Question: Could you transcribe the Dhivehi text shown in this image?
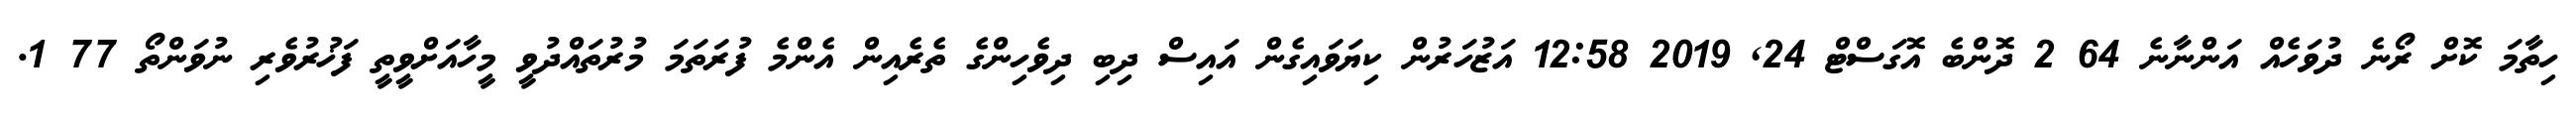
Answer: ހިތާމަ ކޮށް ރޯނެ ދުވަހެއް އަންނާނެ 64 2 ދޮންބެ އޮގަސްޓް 24, 2019 12:58 އަޒުހަރުން ކިޔަވައިގެން އައިސް ދިބި ދިވެހިންގެ ތެރެއިން އެންމެ ފުރަތަމަ މުރުތައްދުވީ މީހާއަށްވީތީ ފަޚުރުވެރި ނުވަންތޯ 77 1.